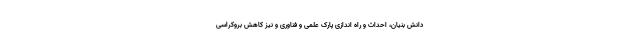
دانش بنیان، احداث و راه اندازی پارک علمی و فناوری و نیز کاهش بروکراسی